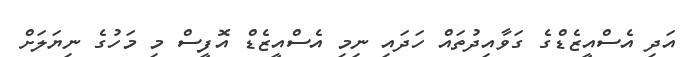
އަދި އެސްއީޒެޑްގެ ގަވާއިދުތައް ހަދައި ނިމި އެސްއީޒެޑް އޮފީސް މި މަހުގެ ނިޔަލަށް